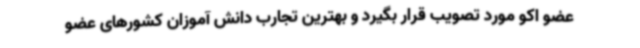
عضو اکو مورد تصویب قرار بگیرد و بهترین تجارب دانش آموزان کشورهای عضو